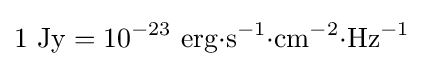
1~\mathrm {Jy} =10^{-23}~\mathrm {erg} {\cdot }\mathrm {s^{-1}} {\cdot }\mathrm {cm^{-2}} {\cdot }\mathrm {Hz^{-1}}